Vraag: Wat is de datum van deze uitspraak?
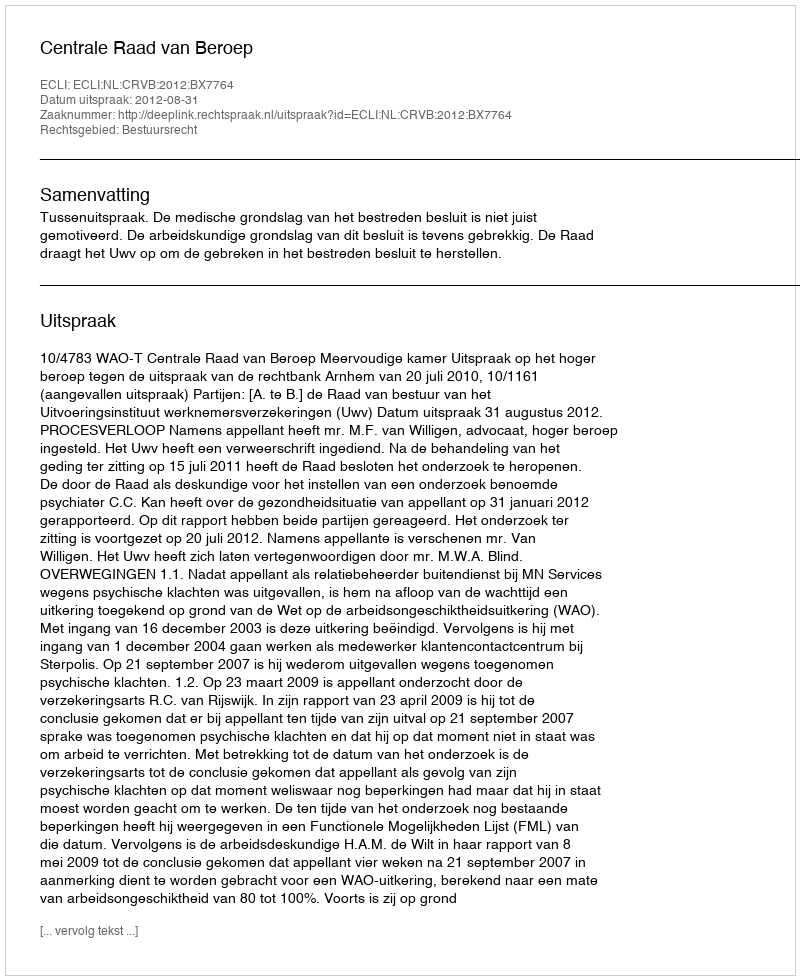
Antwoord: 2012-08-31